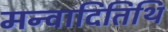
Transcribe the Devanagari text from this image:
मन्वादितिथि